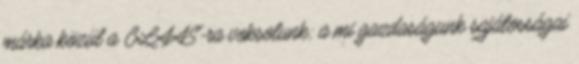
márka közül a CLAAS-ra voksolunk; a mi gazdaságunk sajátosságai